Scottish Certificate of Education, 1963
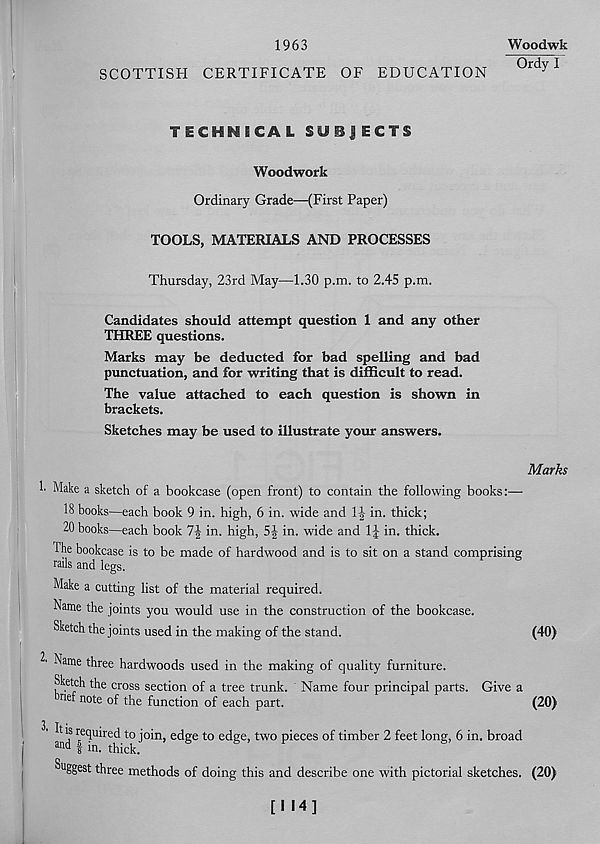
1963
SCOTTISH CERTIFICATE OF EDUCATION
Woodwk
Ordy I
TECHNSCAL SUBJECTS
Woodwork
Ordinary Grade—(First Paper)
TOOLS, MATERIALS AND PROCESSES
Thursday, 23rd May—1.30 p.m. to 2.45 p.m.
Candidates should attempt question 1 and any other
THREE questions.
Marks may be deducted for bad spelling and bad
punctuation, and for writing that is difficult to read.
The value attached to each question is shown in
brackets.
Sketches may be used to illustrate your answers.
Make a sketch of a bookcase (open front) to contain the following books:—
18 books—each book 9 in. high, 6 in. wide and 1|- in. thick;
20 books—each book 1\ in. high, 5| in. wide and 1J in. thick.
The bookcase is to be made of hardwood and is to sit on a stand comprising
rails and legs.
Make a cutting list of the material required.
Name the joints you would use in the construction of the bookcase.
Sketch the joints used in the making of the stand.
^ Name three hardwoods used in the making of quality furniture.
Sketch the cross section of a tree trunk. Name four principal parts. Give a
nef note of the function of each part.
3. It is required to join, edge to edge, two pieces of timber 2 feet long, 6 in. broad
aild I in. thick.
Suggest three methods of doing this and describe one with pictorial sketches.
Marks
(40)
(20)
(20)
[114]